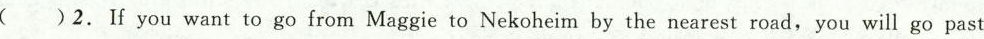
( )2. If you want to go from Maggie to Nekoheim by the nearest road, you will go past